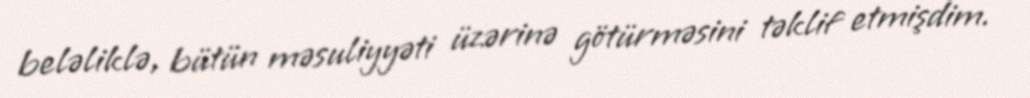
beləliklə, bütün məsuliyyəti üzərinə götürməsini təklif etmişdim.